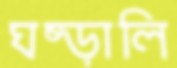
ঘষ্‌ড়ালি